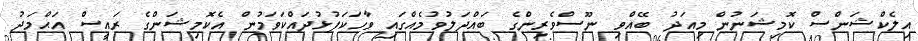
އިލެކްޝަންސް ކޮމިޝަނުން މިއަދު ބޭއްވި ނޫސްވެރިންގެ ބައްދަލުވުމެއްގައި ވާހަކަފުޅުދައްކަވަމުން އެކޮމިޝަންގެ ރައީސް އަޙްމަދު